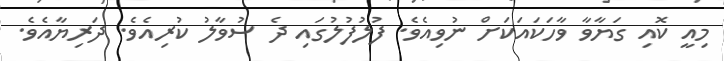
މިއީ ކޮއި ގަޔާވާ ވާހަކައަކަށް ނުވިއެވެ. ފުލުފުލުގައި ދެ ސުވާލު ކުރިއެވެ. ދަރިޔާއެވެ.